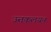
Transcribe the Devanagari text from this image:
ऊतकलयन